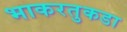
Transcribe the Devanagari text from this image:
भाकरतुकडा